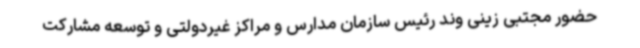
حضور مجتبی زینی وند رئیس سازمان مدارس و مراکز غیردولتی و توسعه مشارکت